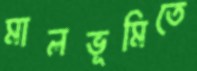
মালভূমিতে